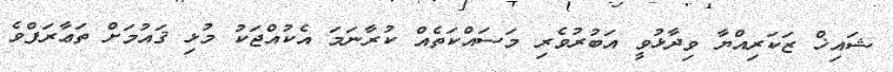
ޝައިޚް ޒަކަރިއްޔާ ވިދާޅުވީ އަބުރުވެރި މަސައްކަތެއް ކުރާނަމަ އެކުއްޖަކު މުޅި ޤައުމަށް ތަޢާރަފްވެ